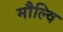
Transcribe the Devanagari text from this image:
मौल्वि